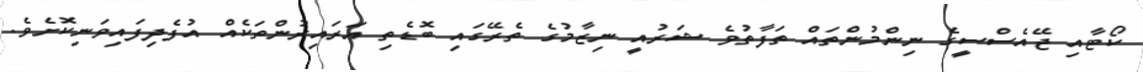
ކޯޓާއި ޖޭއެސްސީގެ ނިންމުންތައް ތަފާތުވެ ޝަރުއީ ނިޒާމުގެ ތެރޭގައި ބޮޑެތި އަރައިރުންތަކެއް އުފެދިފައިވަނިކޮށެވެ.